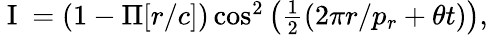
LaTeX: \begin{array}{r}{\mathrm{~I~}=(1-\Pi[r/c])\cos^{2}\left(\frac{1}{2}(2\pi r/p_{r}+\theta t)\right),}\end{array}